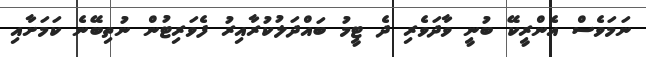
ނަމަވެސް އެންރީކޭ ބުނީ ވާދަވެރި ދެ ޓީމު ބައްދަލުކުރާއިރު ފެވަރިޓުން ނުތިބޭނެ ކަމަށާއި